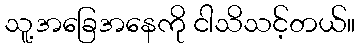
သူ့အခြေအနေကို ငါသိသင့်တယ်။